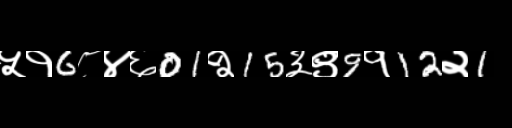
Text: ५१6८४६01२15३९9१12२1